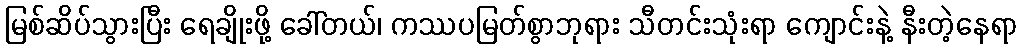
မြစ်ဆိပ်သွားပြီး ရေချိုးဖို့ ခေါ်တယ်၊ ကဿပမြတ်စွာဘုရား သီတင်းသုံးရာ ကျောင်းနဲ့ နီးတဲ့နေရာ